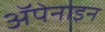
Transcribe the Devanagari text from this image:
ॲपेनाइन